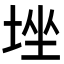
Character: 𡌚